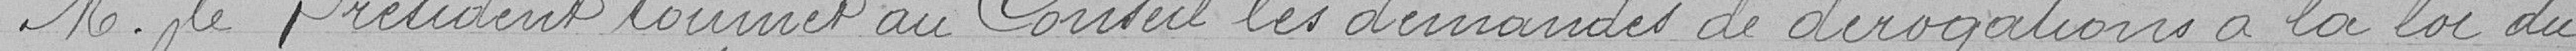
M. le Président soumet au Conseil les demandes de dérogations à la loi du